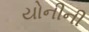
યોનીની